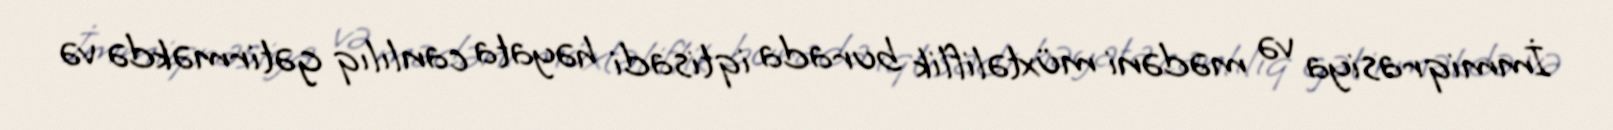
İmmiqrasiya və mədəni müxtəliflik burada iqtisadi həyata canlılıq gətirməkdə və